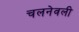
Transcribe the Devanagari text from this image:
चलनेवली